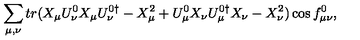
\sum _ { \mu , \nu } { t r ( X _ { \mu } U _ { \nu } ^ { 0 } X _ { \mu } U _ { \nu } ^ { 0 \dagger } - X _ { \mu } ^ { 2 } + U _ { \mu } ^ { 0 } X _ { \nu } U _ { \mu } ^ { 0 \dagger } X _ { \nu } - X _ { \nu } ^ { 2 } ) \cos { f _ { \mu \nu } ^ { 0 } } } ,